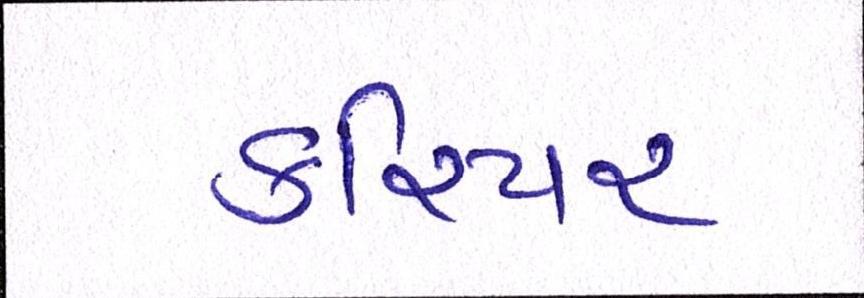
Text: કરિયર